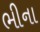
ભીના